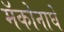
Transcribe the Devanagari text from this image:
मॅकोनाघे